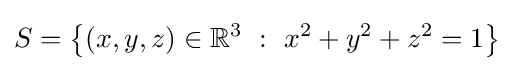
S=\left\{(x,y,z)\in \mathbb {R} ^{3}\ :\ x^{2}+y^{2}+z^{2}=1\right\}